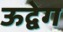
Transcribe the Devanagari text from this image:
ऊद्वेग